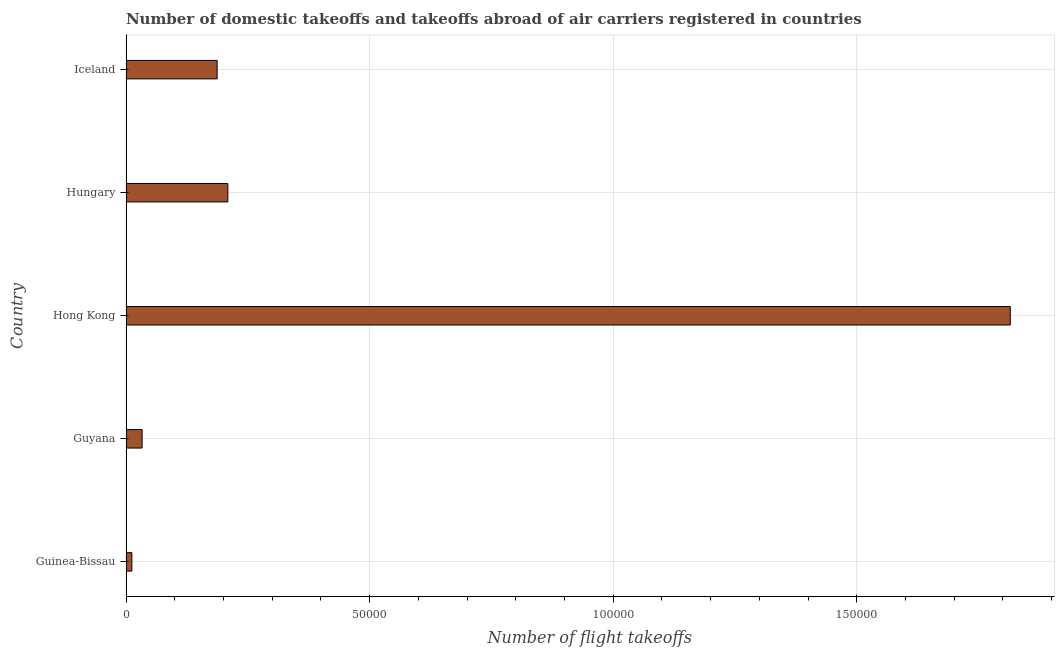
| Country | Air transport |
 | --- | --- |
 | Guinea-Bissau | 1.2e+03 |
 | Guyana | 3.3e+03 |
 | Hong Kong | 1.82e+05 |
 | Hungary | 2.09e+04 |
 | Iceland | 1.87e+04 |